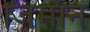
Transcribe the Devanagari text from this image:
जिमाॅन